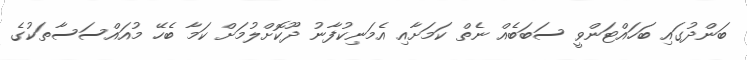
ބަންދުގައި ބަހައްޓަންވީ ސަބަބެއް ނެތް ކަމަށާއި އެމަނިކުފާނު ދޫކޮށްލުމަށް ކަމާ ބެހޭ މުއައްސަސާތަކުގެ